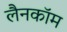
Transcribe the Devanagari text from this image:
लैनकॉम